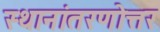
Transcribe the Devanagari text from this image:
स्थानांतरणोत्तर